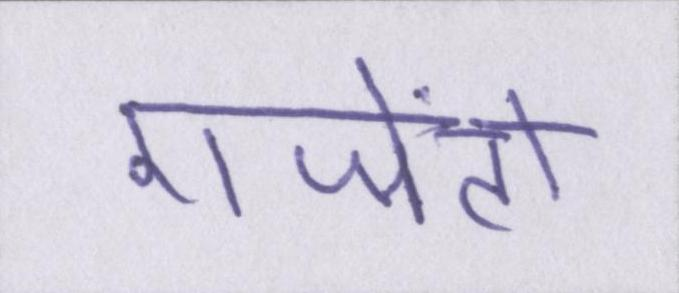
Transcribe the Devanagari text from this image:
एजेंटों